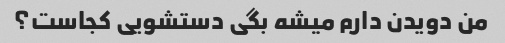
من دویدن دارم میشه بگی دستشویی کجاست؟